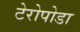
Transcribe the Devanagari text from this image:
टेरोपोडा